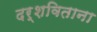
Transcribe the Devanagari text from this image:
दर्शविताना